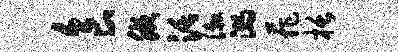
食腋活漱溺菲栝